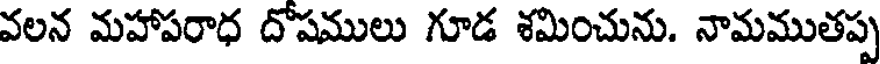
వలన మహాపరాధ దోషములు గూడ శమించును. నామముతప్ప